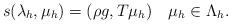
LaTeX: \begin{align*}s(\lambda_h,\mu_h)=(\rho g,T\mu_h)\quad\mu_h\in\Lambda_h. \end{align*}